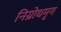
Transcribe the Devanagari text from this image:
निग्रोधमृग